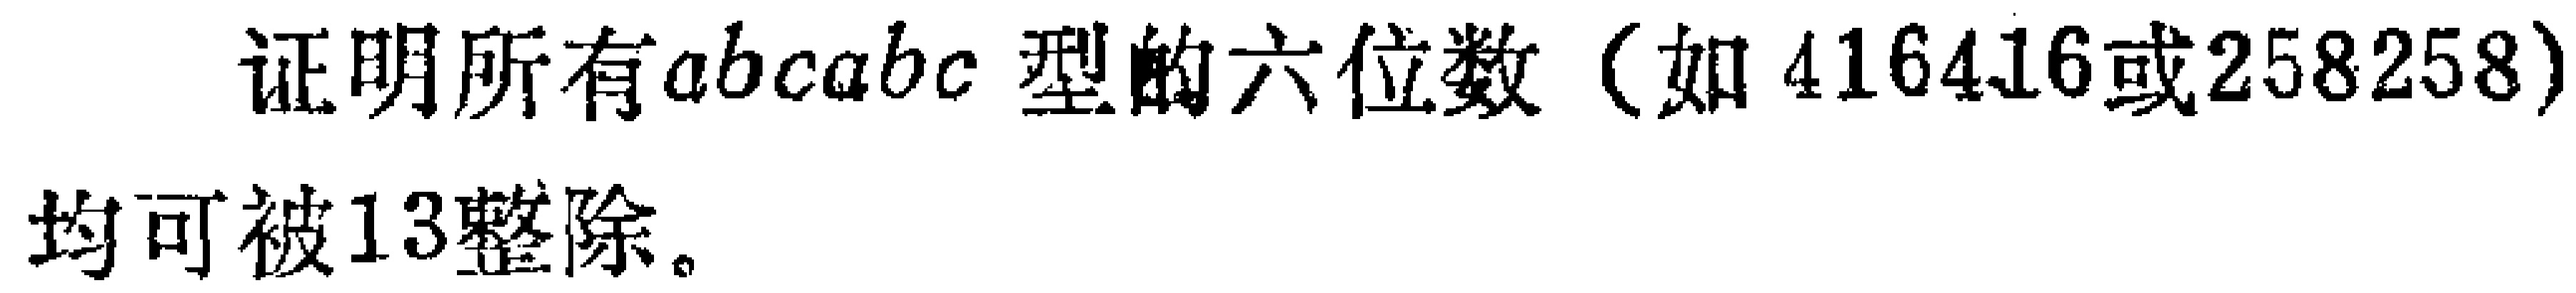
证明所有\(abcabc\)型的六位数（如\(416416\)或\(258258\)）均可被\(13\)整除。